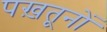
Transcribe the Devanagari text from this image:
पख़तूनों